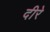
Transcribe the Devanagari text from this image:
दीरे